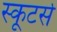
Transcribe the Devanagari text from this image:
स्कूटर्स